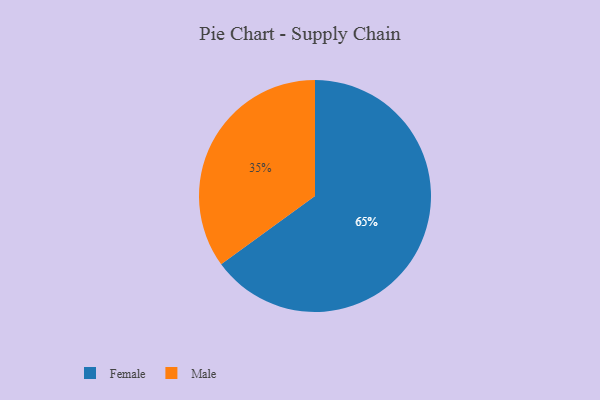
{"axis": {"x": "Category", "y": "Percentage"}, "legend": ["Female", "Male"], "data": [{"x": "Male", "y": 35, "type": "Male"}, {"x": "Female", "y": 65, "type": "Female"}]}